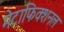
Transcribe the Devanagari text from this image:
मेटाफिक्शनल